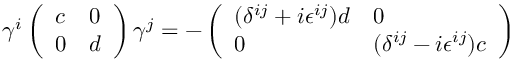
\gamma ^ { i } \left( \begin{array} { l l } { { c } } & { { 0 } } \\ { { 0 } } & { { d } } \end{array} \right) \gamma ^ { j } = - \left( \begin{array} { l l } { { ( \delta ^ { i j } + i \epsilon ^ { i j } ) d } } & { { 0 } } \\ { { 0 } } & { { ( \delta ^ { i j } - i \epsilon ^ { i j } ) c } } \end{array} \right)